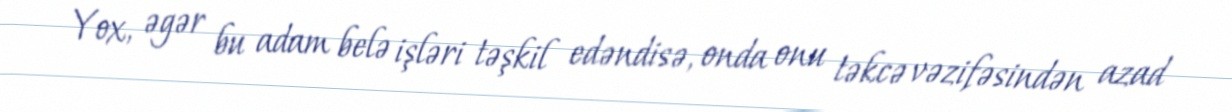
Yox, əgər bu adam belə işləri təşkil edəndisə, onda onu təkcə vəzifəsindən azad